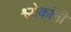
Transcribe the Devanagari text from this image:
श्लोकांनी